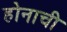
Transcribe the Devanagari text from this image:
होनाची